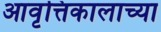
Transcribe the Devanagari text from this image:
आवृत्तिकालाच्या